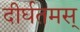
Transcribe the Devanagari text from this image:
दीर्घतमस्‌